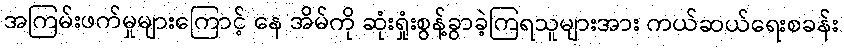
အကြမ်းဖက်မှုများကြောင့် နေ အိမ်ကို ဆုံးရှုံးစွန့်ခွာခဲ့ကြရသူများအား ကယ်ဆယ်ရေးစခန်း